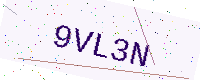
Text: 9VL3N